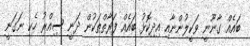
ބައެއް ގާނޫނީ ވަކީލުންނާއި އިދިކޮޅު ބައެއް ފަރާތްތަކުން ދަނީ ސިއްރު ހެކި ނަގަނީ